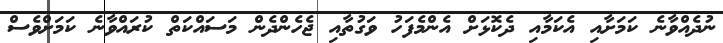
ނުދެއްވާނެ ކަމަށާއި އެކަމާއި ދެކޮޅަށް އެންމެފަހު ވަގުތާއި ޖެހެންދެން މަސައްކަތް ކުރައްވާނެ ކަމަށްވެސް